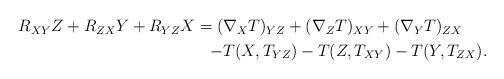
LaTeX: \begin{align*}\begin{aligned}R_{XY}Z + R_{ZX}Y + R_{YZ}X = (&\nabla_XT)_{YZ}+(\nabla_ZT)_{XY}+(\nabla_YT)_{ZX}\\-& T(X,T_{YZ}) -T(Z,T_{XY}) -T(Y,T_{ZX}).\end{aligned}\end{align*}